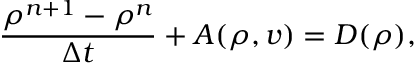
\frac { \rho ^ { n + 1 } - \rho ^ { n } } { \Delta t } + A ( \rho , v ) = D ( \rho ) ,